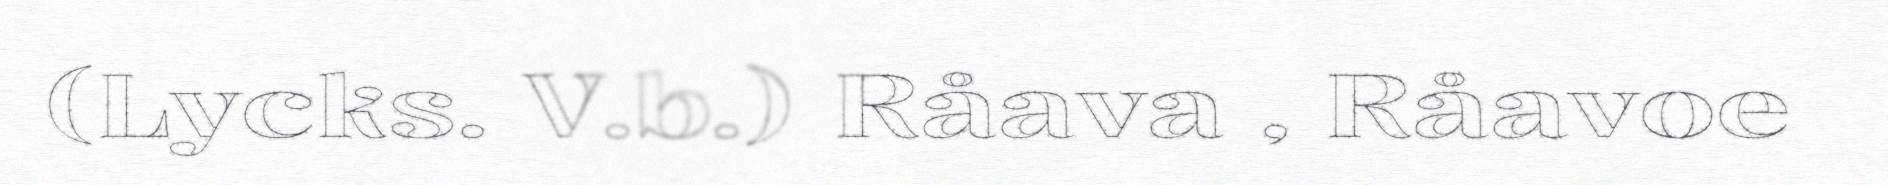
(Lycks. V.b.) Råava , Råavoe